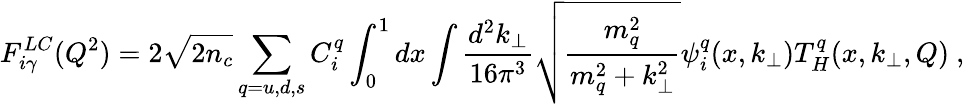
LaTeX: F_{i\gamma}^{LC}(Q^{2})=2\sqrt{2n_{c}}\sum_{q=u,d,s}C_{i}^{q}\int_{0}^{1}dx\int\frac{d^{2}k_{\perp}}{16\pi^{3}}\sqrt{\frac{m_{q}^{2}}{m_{q}^{2}+k_{\perp}^{2}}}\psi_{i}^{q}(x,k_{\perp})T_{H}^{q}(x,k_{\perp},Q)\ ,